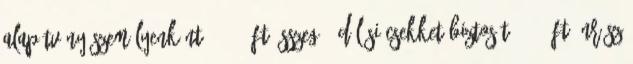
Alapítvány személyenként 25.000-Ft összegű Üdülési Csekket biztosít 5.000-Ft önrész